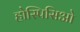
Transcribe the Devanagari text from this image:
होस्पिसिओ